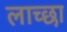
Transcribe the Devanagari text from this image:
लाच्छा